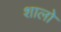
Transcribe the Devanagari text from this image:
शालो